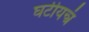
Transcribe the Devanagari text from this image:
घटीयन्त्रं